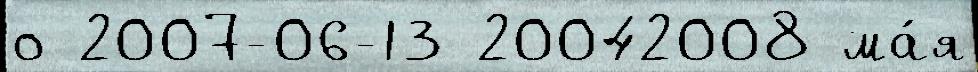
о 2007-06-13 20042008 ма́я